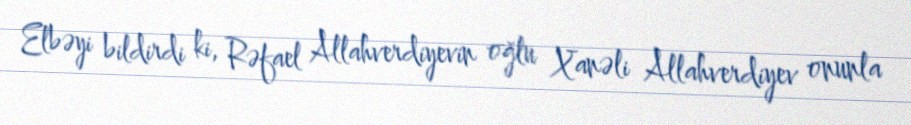
Elbəyi bildirdi ki, Rəfael Allahverdiyevin oğlu Xanəli Allahverdiyev onunla